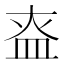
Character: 𰤶